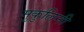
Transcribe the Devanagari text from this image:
मुकुलिनी